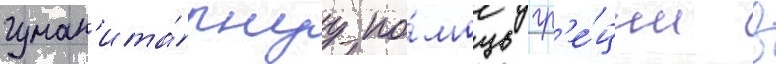
гуман'ита́рнуу по́мощь гр'е́ции в